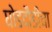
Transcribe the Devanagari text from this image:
घोडदौडीचा